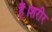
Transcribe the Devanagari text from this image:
हैं।शरीर